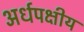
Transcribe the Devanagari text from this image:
अर्धपक्षीय